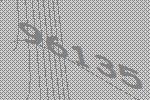
96135